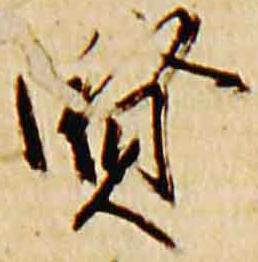
賢